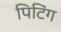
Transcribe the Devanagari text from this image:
पिटिंग